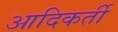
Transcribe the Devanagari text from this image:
आदिकर्ती